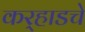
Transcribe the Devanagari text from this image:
कर्‍हाडचे